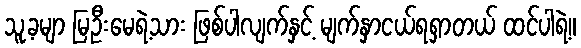
သူ့ခမျာ မြဦးမေရဲ့သား ဖြစ်ပါလျက်နှင့် မျက်နှာငယ်ရရှာတယ် ထင်ပါရဲ့။